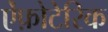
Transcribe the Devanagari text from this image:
ऐंफ़ोटेरिक